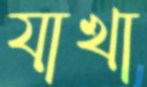
যাখা